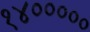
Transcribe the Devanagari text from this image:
१४०००००